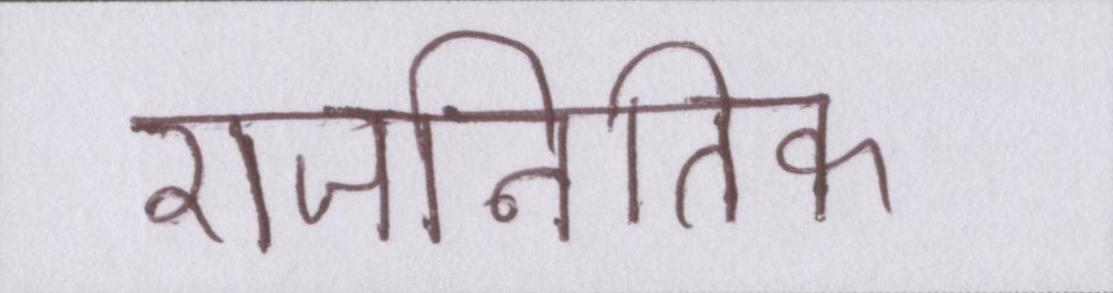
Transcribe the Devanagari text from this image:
राजनितिक